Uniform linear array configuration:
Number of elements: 4
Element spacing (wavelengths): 0.5
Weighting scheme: uniform
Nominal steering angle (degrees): -60
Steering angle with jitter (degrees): -59.634
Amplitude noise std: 0.05
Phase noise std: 0.05

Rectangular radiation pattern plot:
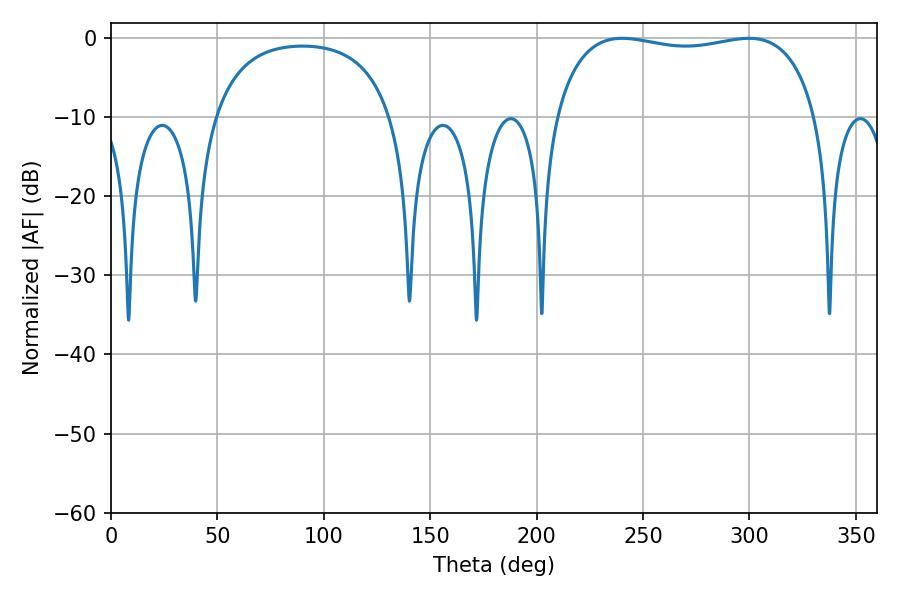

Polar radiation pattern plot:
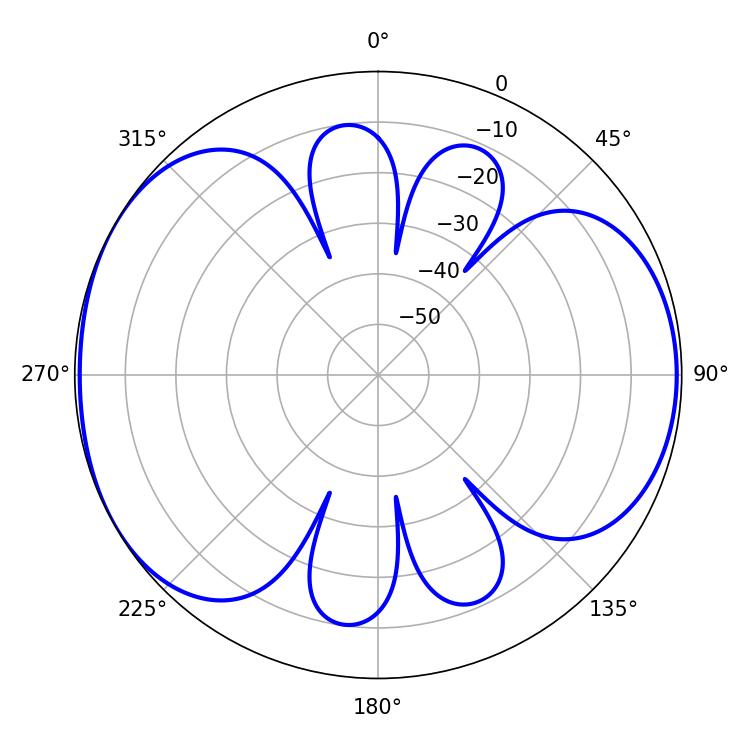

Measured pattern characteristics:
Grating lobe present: FALSE
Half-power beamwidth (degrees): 99.72
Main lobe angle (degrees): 240.3